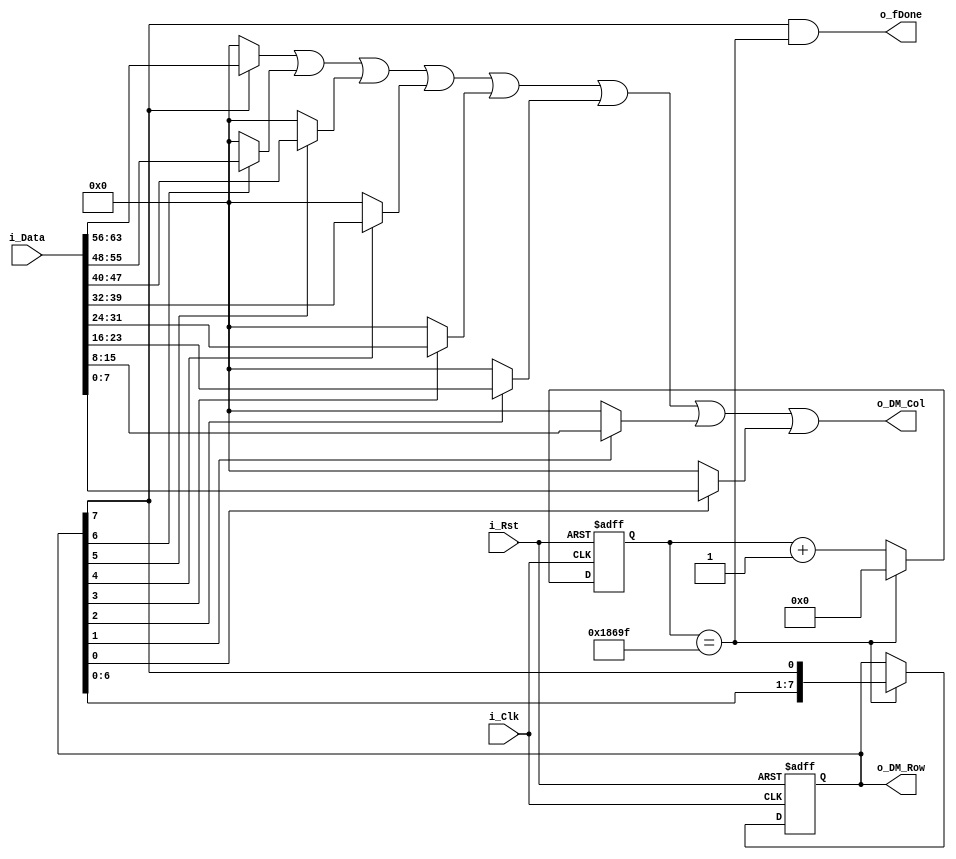
module DotMatrix(i_Clk, i_Rst, i_Data, o_DM_Col, o_DM_Row, o_fDone);
input	i_Clk;	// 50MHz
input	i_Rst;
input	[63:0]	i_Data;
output	wire [7:0] o_DM_Col, o_DM_Row;
output	wire o_fDone;

reg		[7:0]	c_Row, n_Row;
reg		[16:0]	c_Cnt, n_Cnt;

wire	f2ms;

assign o_fDone	= c_Row[7] && f2ms;
assign o_DM_Row = c_Row;
assign o_DM_Col =	
	(c_Row[7] ? i_Data[8*7+:8] : 0) |
	(c_Row[6] ? i_Data[8*6+:8] : 0) |
	(c_Row[5] ? i_Data[8*5+:8] : 0) |
	(c_Row[4] ? i_Data[8*4+:8] : 0) |
	(c_Row[3] ? i_Data[8*3+:8] : 0) |
	(c_Row[2] ? i_Data[8*2+:8] : 0) |
	(c_Row[1] ? i_Data[8*1+:8] : 0) |
	(c_Row[0] ? i_Data[8*0+:8] : 0);			

assign	f2ms	= c_Cnt == 100000 - 1;

always@(posedge i_Clk, negedge i_Rst)
	if(!i_Rst) begin
		c_Row	= 1;		
		c_Cnt	= 0;
	end else begin
		c_Row	= n_Row;		
		c_Cnt	= n_Cnt;
	end

always@*
begin
	n_Cnt	= f2ms	? 0 : c_Cnt + 1;
	n_Row	= f2ms	? {c_Row[6:0], c_Row[7]} : c_Row;
end

endmodule